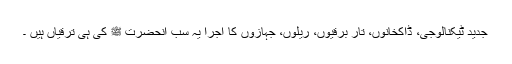
جدید ٹیکنالوجی، ڈاکخانوں، تار برقیوں، ریلوں، جہازوں کا اجرا یہ سب آنحضرت ﷺ کی ہی ترقیاں ہیں ۔